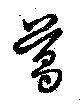
葛